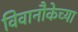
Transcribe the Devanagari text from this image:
विवानौकेच्या